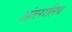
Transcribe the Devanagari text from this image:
अंतरालिय